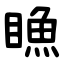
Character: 䁩